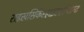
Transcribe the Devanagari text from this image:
राइखसिकेरहाइटशॉप्टाम्ट